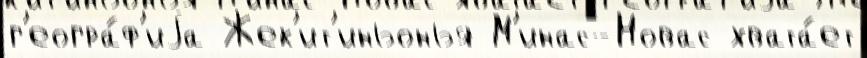
г'еогра́ф'иjа Жек'ит'иньонья М'инас-Новас хвата́ет